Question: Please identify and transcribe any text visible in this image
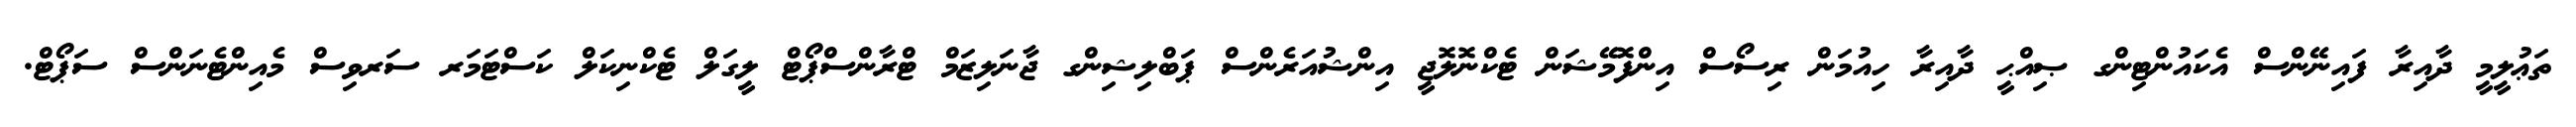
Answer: ތަޢުލީމީ ދާއިރާ ފައިނޭންސް އެކައުންޓިންގ ޞިއްޙީ ދާއިރާ ހިއުމަން ރިސޯސް އިންފޮމޭޝަން ޓެކްނޮލޮޖީ އިންޝުއަރެންސް ޕަބްލިޝިންގ ޖާނަލިޒަމް ޓްރާންސްޕޯޓް ލީގަލް ޓެކްނިކަލް ކަސްޓަމަރ ސަރވިސް މެއިންޓެނަންސް ސަޕޯޓް.